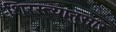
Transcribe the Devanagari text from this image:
शिरस्त्यानुसार